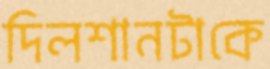
দিলশানটাকে